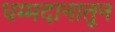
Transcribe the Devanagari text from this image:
धम्मदानातून